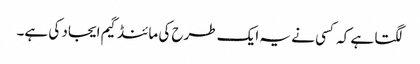
لگتا ہے کہ کسی نے یہ ایک طرح کی مائنڈ گیم ایجاد کی ہے۔